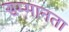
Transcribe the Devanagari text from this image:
सम्मानता